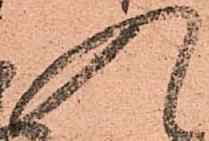
入